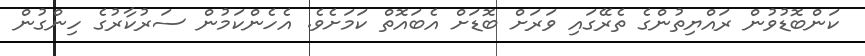
ކަންބޮޑުވުން ރައްޔިތުންގެ ތެރޭގައި ވަރަށް ބޮޑަށް އެބައޮތް ކަމަށެވެ. އެހެންކަމުން ސަރުކާރުގެ ހިންގުން